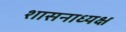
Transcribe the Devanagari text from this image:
शासनाध्‍यक्ष